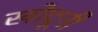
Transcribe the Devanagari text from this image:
खोदूनी